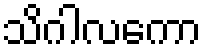
သိဂါလကော